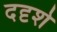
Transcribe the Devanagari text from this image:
ददृशे